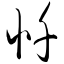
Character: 忏